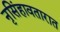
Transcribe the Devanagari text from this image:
नृसिंहावतारात